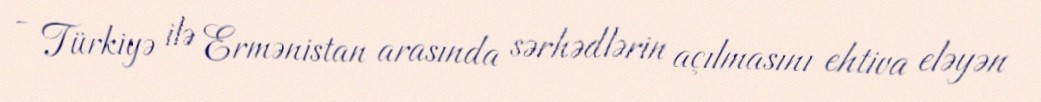
- Türkiyə ilə Ermənistan arasında sərhədlərin açılmasını ehtiva eləyən